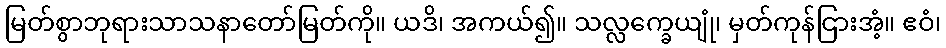
မြတ်စွာဘုရားသာသနာတော်မြတ်ကို။ ယဒိ၊ အကယ်၍။ သလ္လက္ခေယျုံ၊ မှတ်ကုန်ငြားအံ့။ ဧဝံ၊